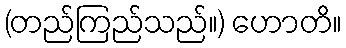
(တည်ကြည်သည်။) ဟောတိ။